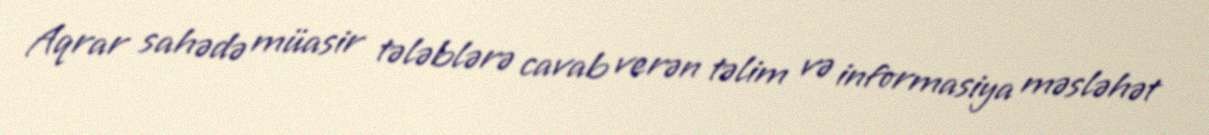
Aqrar sahədə müasir tələblərə cavab verən təlim və informasiya məsləhət